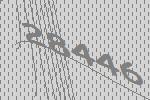
28446